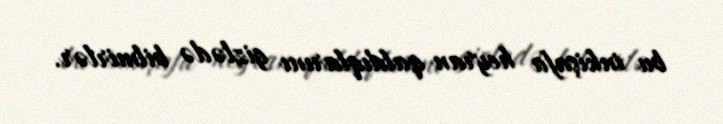
bu inkişafa heyran qaldıqlarını gizlədə bilmirlər.